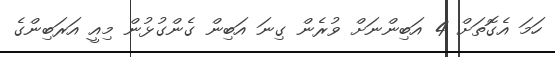
ހަމަ އެގޮތަށް 4 އަބިންނަށް ވުރެން ގިނަ އަބިން ގެންގުޅުން މިއީ އަރަބިންގެ